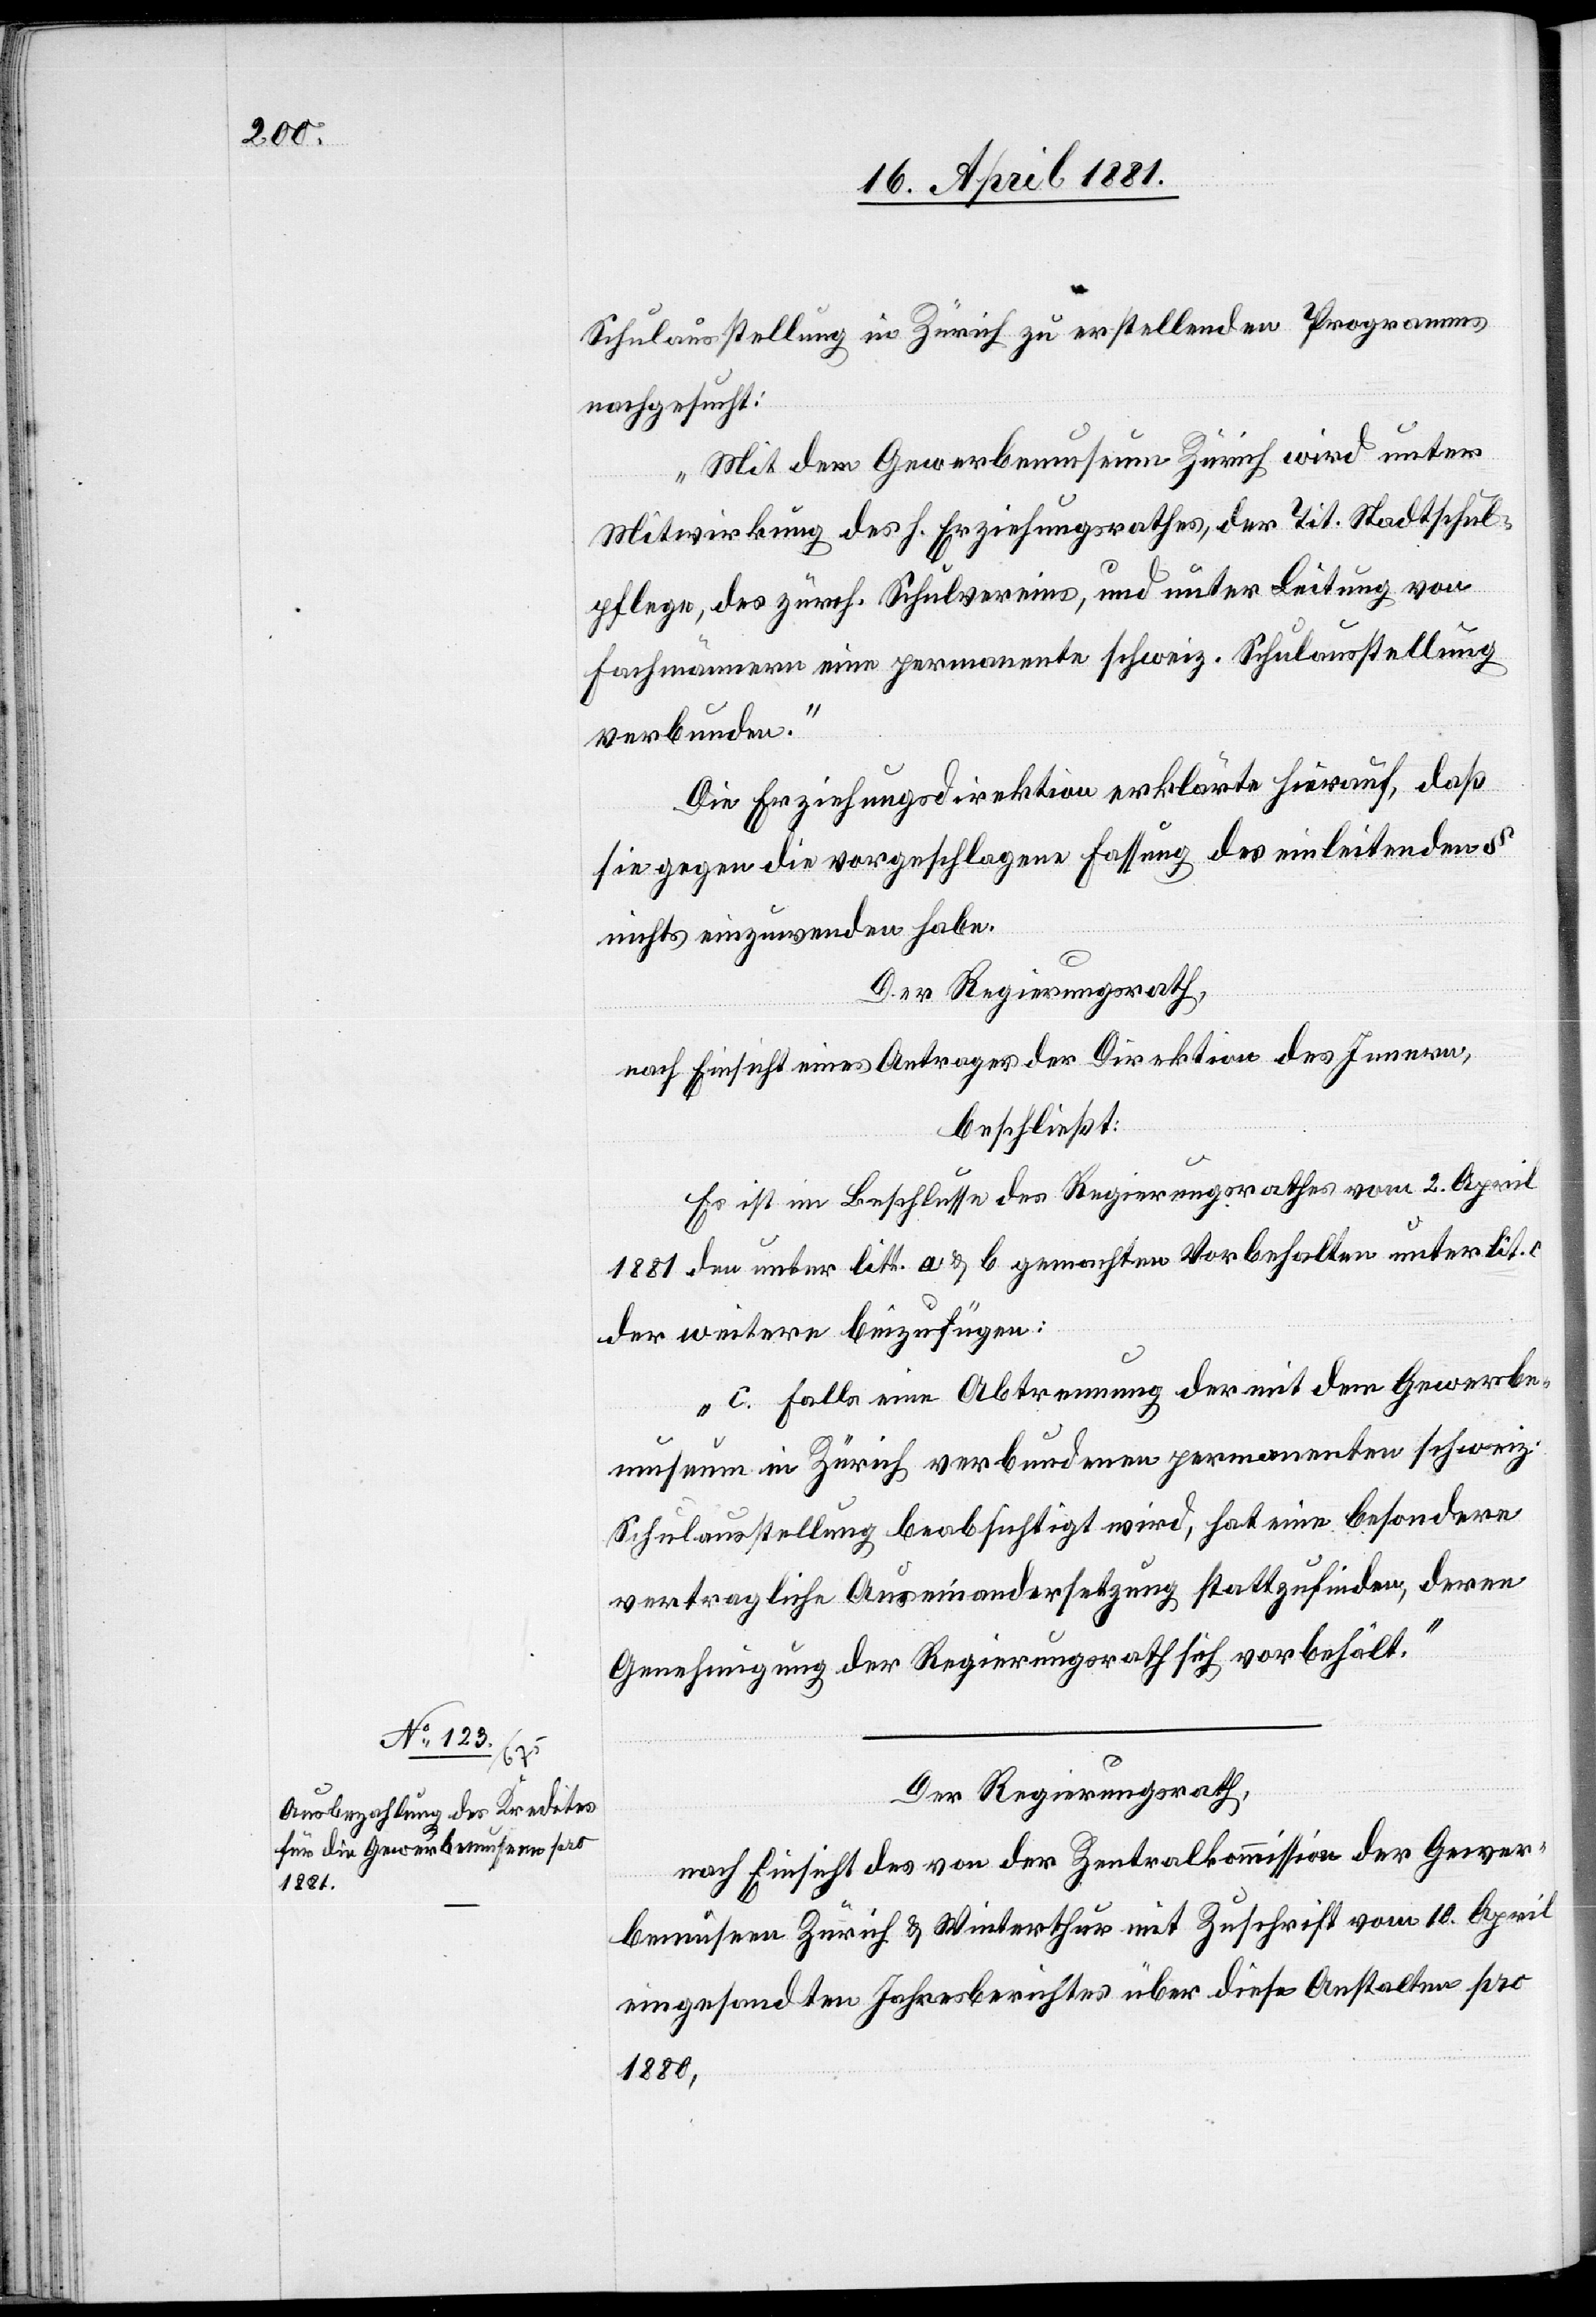
Schulausstellung in Zürich zu erstellenden Programms
nachgesucht:
„Mit dem Gewerbemuseum Zürich wird unter
Mitwirkung des H. Erziehungsrathes, der Tit. Stadtschul¬
pflege, des zürch. Schulvereins, und unter Leitung von
Fachmännern eine permanente schweiz. Schulausstellung
verbunden.“
Die Erziehungsdirektion erklärte hierauf, daß
sie gegen die vorgeschlagene Fassung des einleitenden §
nichts einzuwenden habe.
Der Regierungsrath,
nach Einsicht eines Antrages der Direktion des Innern,
beschließt:
Es ist im Beschlusse des Regierungsrathes vom 2. April
1881 den unter litt. a & b gemachten Vorbehalten unter lit. c
der weitere beizufügen:
„C. Falls eine Abtrennung der mit dem Gewerbe¬
museum in Zürich verbundenen permanenten schweiz.
Schulausstellung beabsichtigt wird, hat eine besondere
vertragliche Auseinandersetzung stattzufinden, deren
Genehmigung der Regierungsrath sich vorbehält.“
Der Regierungsrath,
nach Einsicht des von der Zentralkommission der Gewer¬
bemuseen Zürich & Winterthur mit Zuschrift vom 10. April
eingesandten Jahresberichtes über diese Anstalten per
1880,